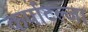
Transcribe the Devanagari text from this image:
कर्पाटल्जा